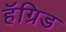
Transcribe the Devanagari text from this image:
हॅग्रिड